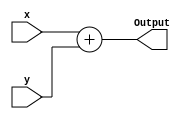
module Adder(x, 
             y,
             Output);
  
  input [31:0]  x;
  input [31:0]  y;
  output [31:0] Output;
  
  assign Output = x + y;
endmodule